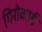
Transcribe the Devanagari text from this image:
गिरोकार्ड